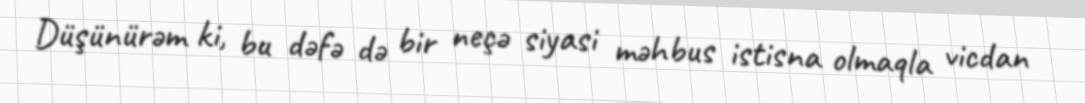
Düşünürəm ki, bu dəfə də bir neçə siyasi məhbus istisna olmaqla vicdan